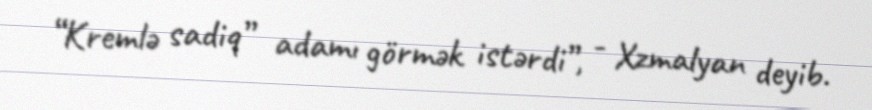
“Kremlə sadiq” adamı görmək istərdi”, - Xzmalyan deyib.